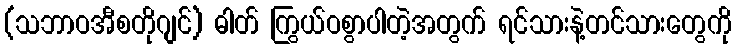
(သဘာဝအီစတိုဂျင်) ဓါတ် ကြွယ်ဝစွာပါတဲ့အတွက် ရင်သားနဲ့တင်သားတွေကို